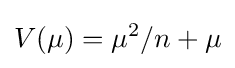
V(\mu )=\mu ^{2}/n+\mu